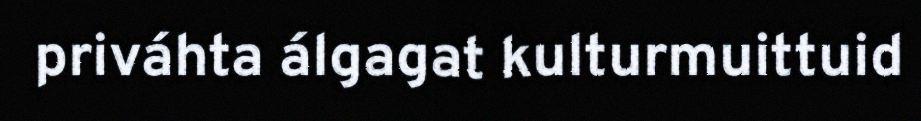
priváhta álgagat kulturmuittuid